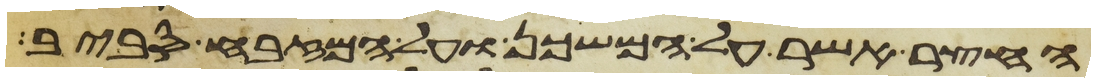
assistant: החצר אשר על המשכן ועל המזבח סביב